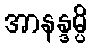
အာနန္ဒမ္ပိ